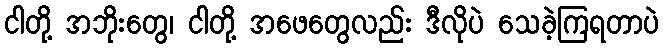
ငါတို့ အဘိုးတွေ၊ ငါတို့ အဖေတွေလည်း ဒီလိုပဲ သေခဲ့ကြရတာပဲ